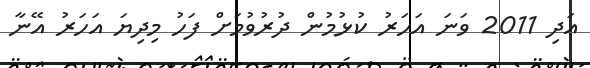
އަދި 2011 ވަނަ އަހަރު ކުޅުމުން ދުރުވުމަށް ފަހު މިދިޔަ އަހަރު އޭނާ